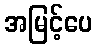
အမြင့်ပေ